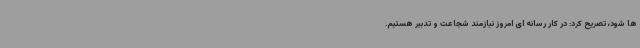
ها شود، تصریح کرد: در کار رسانه ای امروز نیازمند شجاعت و تدبیر هستیم.